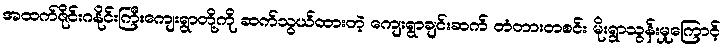
အထက်ဇိုင်းဂနိုင်းကြီးကျေးရွာတို့ကို ဆက်သွယ်ထားတဲ့ ကျေးရွာချင်းဆက် တံတားတစင်း မိုးရွာသွန်းမှုကြောင့်